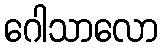
ဂေါသာလော